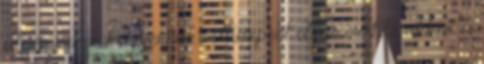
idején mikor kisgyermek voltam,pont olyan mint te, akkor is